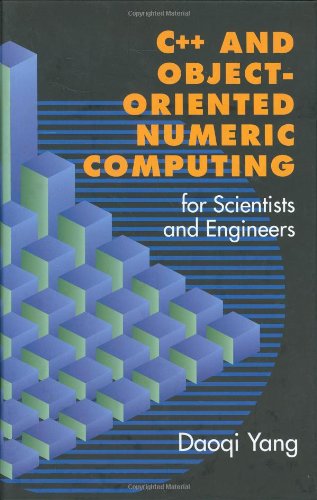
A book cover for C++ and Object-Oriented Numeric Computing for Scientists and Engineers; Daoqi Yang; Science & Math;